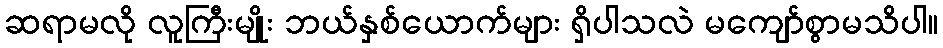
ဆရာမလို လူကြီးမျိုး ဘယ်နှစ်ယောက်များ ရှိပါသလဲ မကျော်စွာမသိပါ။